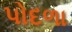
પોદળા